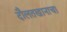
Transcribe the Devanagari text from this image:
दौलतखानाचा